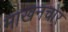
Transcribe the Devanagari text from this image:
माखनचोर